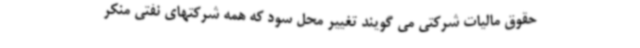
حقوق مالیات شرکتی می گویند تغییر محل سود که همه شرکتهای نفتی منکر